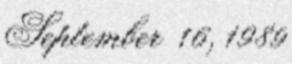
September 16, 1989